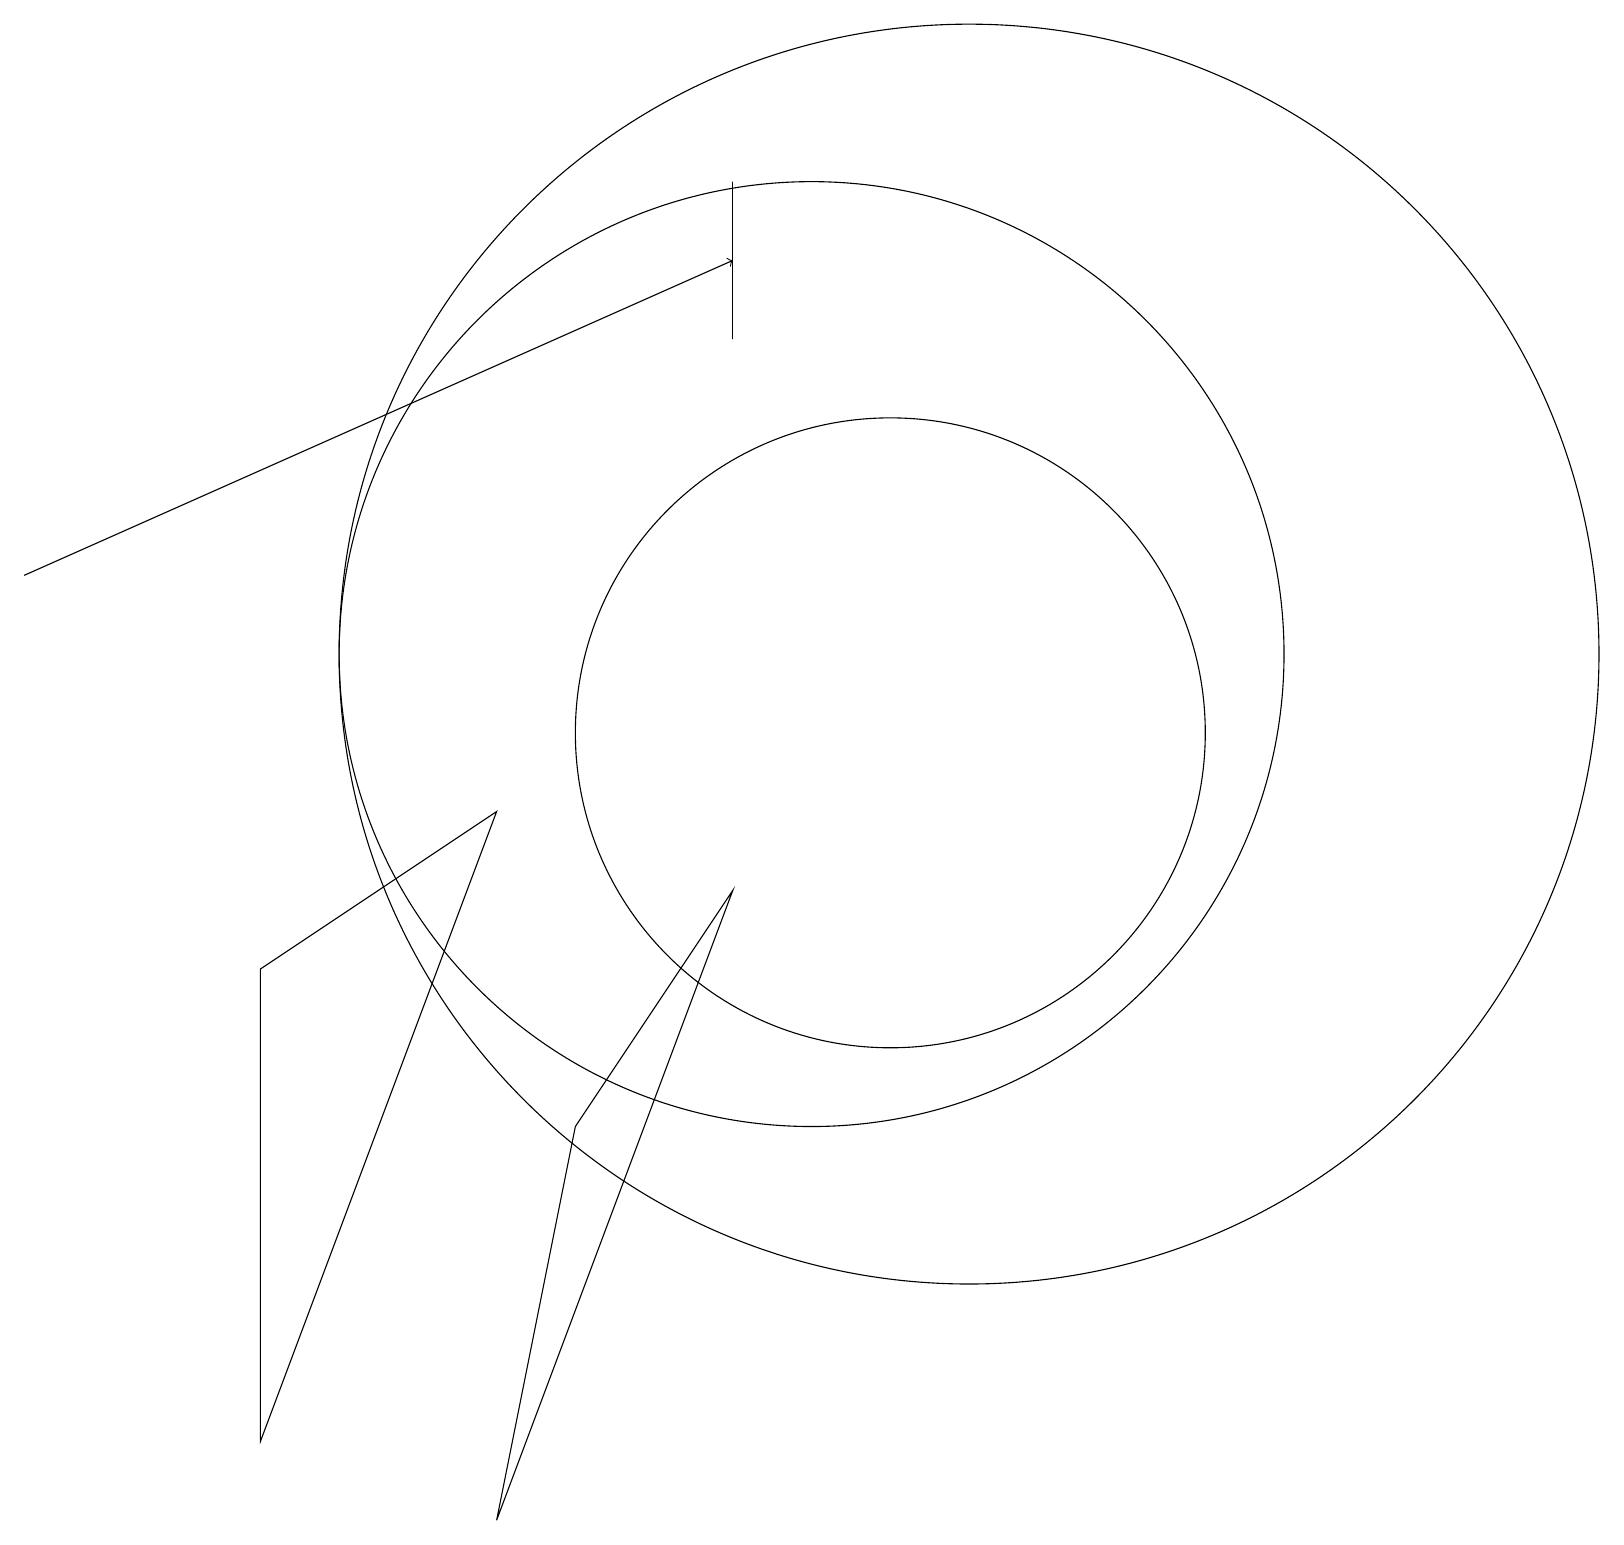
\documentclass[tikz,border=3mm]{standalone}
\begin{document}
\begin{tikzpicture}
\draw (10,11) circle (6);
\draw (3,7) -- (3,1) -- (6,9) -- cycle;
\draw (9,17) rectangle (9,15);
\draw (11,10) circle (4);
\draw[->] (0,12) -- (9,16);
\draw (12,11) circle (8);
\draw (7,5) -- (6,0) -- (9,8) -- cycle;
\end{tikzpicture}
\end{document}